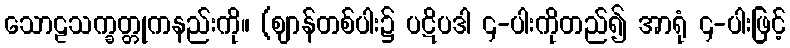
သောဠသက္ခတ္တုကနည်းကို။ (ဈာန်တစ်ပါး၌ ပဋိပဒါ ၄-ပါးကိုတည်၍ အာရုံ ၄-ပါးဖြင့်